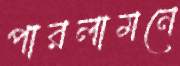
পারলামনে